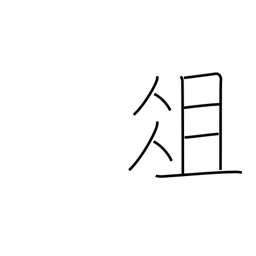
Meaning: chopping board